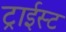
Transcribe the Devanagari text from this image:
ट्राईस्ट